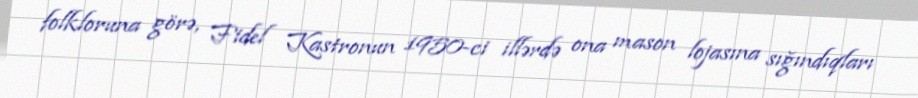
folkloruna görə, Fidel Kastronun 1950-ci illərdə ona mason lojasına sığındıqları